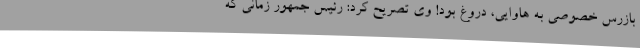
بازرس خصوصی به هاوایی، دروغ بود! وی تصریح کرد: رئیس جمهور زمانی که